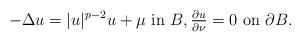
LaTeX: \begin{align*}-\Delta u=|u|^{p-2}u+\mu\ {\rm in}\ B,\textstyle\frac{\partial u}{\partial\nu}=0\ {\rm on}\ \partial B.\end{align*}